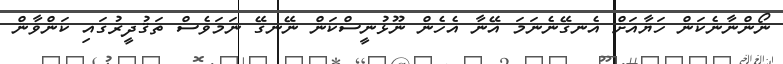
ނޯންނާނެކަން ހަޔާއަށް އެނގޭނެނަމަ އޭނާ އެހެން ނޫޅުނީސްކަން ނޭނގޭ ނަމަވެސް ތަޤުދީރުގައި ކަންވާން